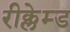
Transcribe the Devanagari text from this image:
रीक्लेम्ड